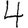
Digit: 4